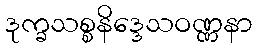
ဒုက္ခသစ္စနိဒ္ဒေသဝဏ္ဏနာ